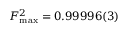
F _ { \mathrm { m a x } } ^ { 2 } = 0 . 9 9 9 9 6 ( 3 )